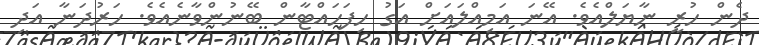
ދެން ހުރީ ނާޔަލްއެވެ. އޭނަ އަމިއްލައަށް އަގު ހިފަހައްޓާން ބޭނުންވާނެއެވެ. ހަރުދަނާ އަދި